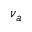
\nu _ { a }